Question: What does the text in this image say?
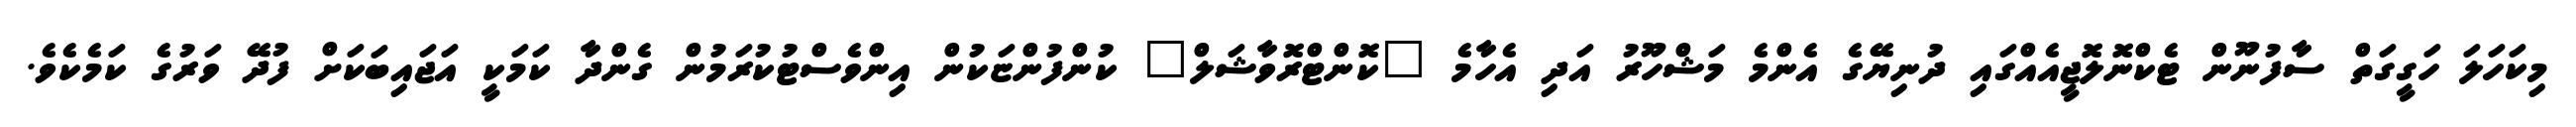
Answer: މިކަހަލަ ހަގީގަތް ސާފުނޫން ޓެކްނޮލޮޖީއެއްގައި ދުނިޔޭގެ އެންމެ މަޝްހޫރު އަދި އެހާމެ "ކޮންޓްރޮވާޝަލް" ކުންފުންޏަކުން އިންވެސްޓުކުރަމުން ގެންދާ ކަމަކީ އަޖައިބަކަށް ފުދޭ ވަރުގެ ކަމެކެވެ.